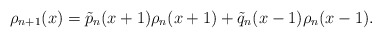
\begin{align*}\rho_{n+1}(x) = \tilde{p}_n(x+1)\rho_n(x+1) + \tilde{q}_n(x-1)\rho_n(x-1).\end{align*}